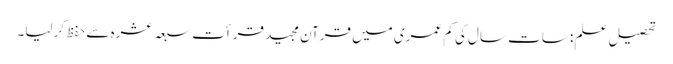
تحصیلِ علم: سات سال کی کم عمری میں قرآنِ مجید قرأتِ سبعہ عشرہ سے حفظ کرلیا۔